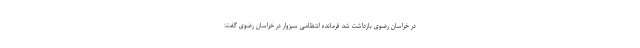
در خراسان رضوی بازداشت شد فرمانده انتظامی سبزوار در خراسان رضوی گفت: